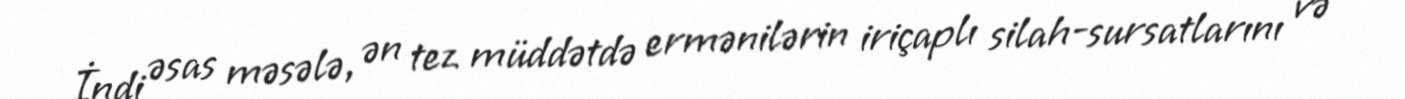
İndi əsas məsələ, ən tez müddətdə ermənilərin iriçaplı silah-sursatlarını və